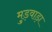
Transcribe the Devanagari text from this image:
मुड़वाड़ा